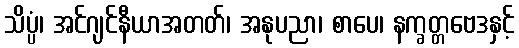
သိပ္ပံ၊ အင်ဂျင်နီယာအတတ်၊ အနုပညာ၊ စာပေ၊ နက္ခတ္တဗေဒနှင့်